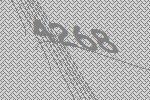
4268